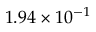
1 . 9 4 \times 1 0 ^ { - 1 }